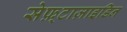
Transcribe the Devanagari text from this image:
सेफ़्टाज़ाइडिन